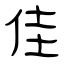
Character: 佳